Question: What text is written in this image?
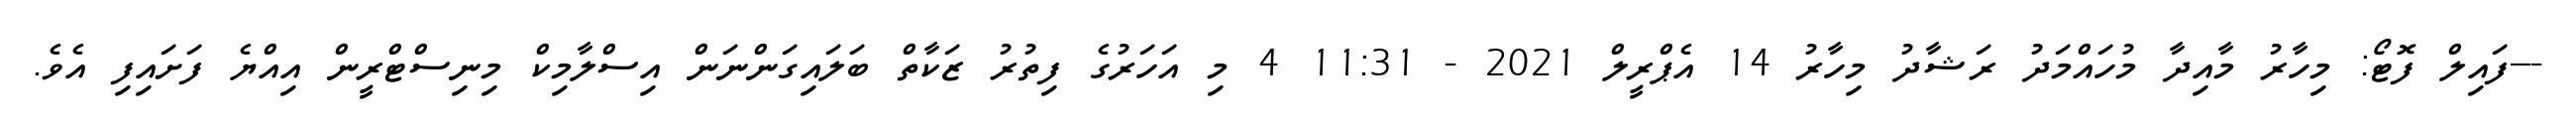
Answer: ---ފައިލް ފޮޓޯ: މިހާރު މާއިދާ މުހައްމަދު ރަޝާދު މިހާރު 14 އެޕްރީލް 2021 - 11:31 4 މި އަހަރުގެ ފިތުރު ޒަކާތް ބަލައިގަންނަން އިސްލާމިކް މިނިސްޓްރީން އިއްޔެ ފަށައިފި އެވެ.